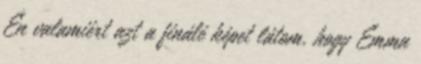
Én valamiért azt a finálé képet látom, hogy Emma